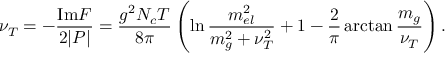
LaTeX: \nu _ { T } = - { \frac { \mathrm { I m } F } { 2 \vert P \vert } } = { \frac { g ^ { 2 } N _ { c } T } { 8 \pi } } \left( \ln { \frac { m _ { e l } ^ { 2 } } { m _ { g } ^ { 2 } + \nu _ { T } ^ { 2 } } } + 1 - { \frac { 2 } { \pi } } \arctan { \frac { m _ { g } } { \nu _ { T } } } \right) .